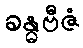
ခန္ဓဗီဇံ